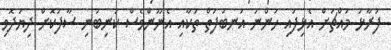
ފުރާޅު މައްޗަށް އެޅިފައި ހުންނަ އަނބުފަތް ތަކާއި އެނޫންވެސް ކުނިބުނި ސާފުކޮށް ދިޔަދޮވި